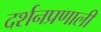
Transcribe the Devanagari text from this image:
दर्शनप्रणाली